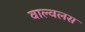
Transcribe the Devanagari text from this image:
वाल्वलस